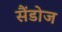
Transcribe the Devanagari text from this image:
सैंडोज